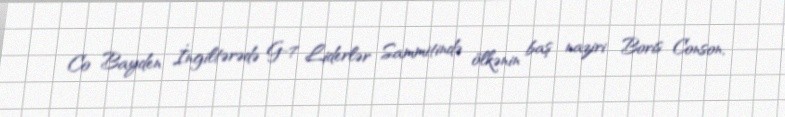
Co Bayden İngiltərədə G-7 Liderlər Sammitində ölkənin baş naziri Boris Conson,